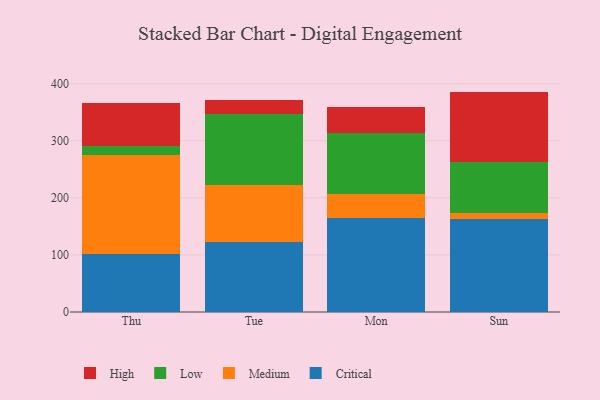
{"axis": {"x": "Day", "y": "Tickets Resolved"}, "legend": ["Critical", "High", "Low", "Medium"], "data": [{"x": "Thu", "y": 101.2, "type": "Critical"}, {"x": "Thu", "y": 173.8, "type": "Medium"}, {"x": "Thu", "y": 15.3, "type": "Low"}, {"x": "Thu", "y": 75.8, "type": "High"}, {"x": "Tue", "y": 123.1, "type": "Critical"}, {"x": "Tue", "y": 100.1, "type": "Medium"}, {"x": "Tue", "y": 123.9, "type": "Low"}, {"x": "Tue", "y": 25.0, "type": "High"}, {"x": "Mon", "y": 164.1, "type": "Critical"}, {"x": "Mon", "y": 42.0, "type": "Medium"}, {"x": "Mon", "y": 107.7, "type": "Low"}, {"x": "Mon", "y": 44.8, "type": "High"}, {"x": "Sun", "y": 162.5, "type": "Critical"}, {"x": "Sun", "y": 10.5, "type": "Medium"}, {"x": "Sun", "y": 89.4, "type": "Low"}, {"x": "Sun", "y": 123.6, "type": "High"}]}